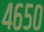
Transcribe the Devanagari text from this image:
४६५०